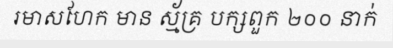
រមាសហែក មាន ស្ម័គ្រ បក្សពួក ២០០ នាក់